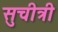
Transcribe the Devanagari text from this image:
सुचीत्री